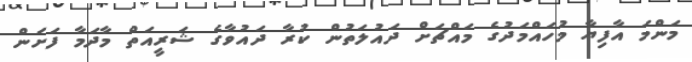
މަންމަ އާފިޔާ މުހައްމަދުގެ މައްޗަށް ދައުލަތުން ކުރާ ދައުވާގެ ޝަރީއަތް މާދަމާ ފަށަން